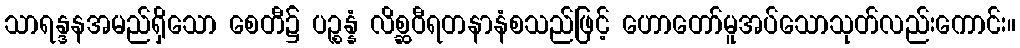
သာရန္ဒနအမည်ရှိသော စေတီ၌ ပဉ္စန္နံ လိစ္ဆဝီရတနာနံစသည်ဖြင့် ဟောတော်မူအပ်သောသုတ်လည်းကောင်း။